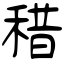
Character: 稓